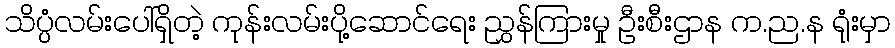
သိပ္ပံလမ်းပေါ်ရှိတဲ့ ကုန်းလမ်းပို့ဆောင်ရေး ညွှန်ကြားမှု ဦးစီးဌာန က.ည.န ရုံးမှာ